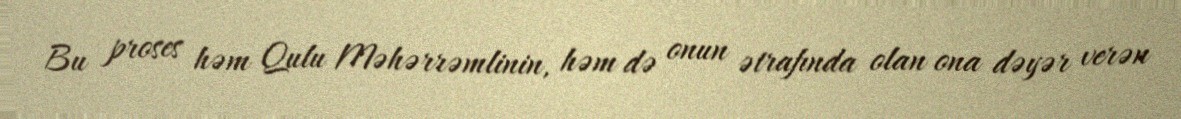
Bu proses həm Qulu Məhərrəmlinin, həm də onun ətrafında olan ona dəyər verən